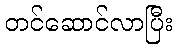
တင်ဆောင်လာပြီး